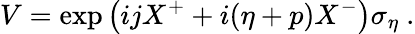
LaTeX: V=\exp\left(ijX^{+}+i(\eta+p)X^{-}\right)\sigma_{\eta}~.